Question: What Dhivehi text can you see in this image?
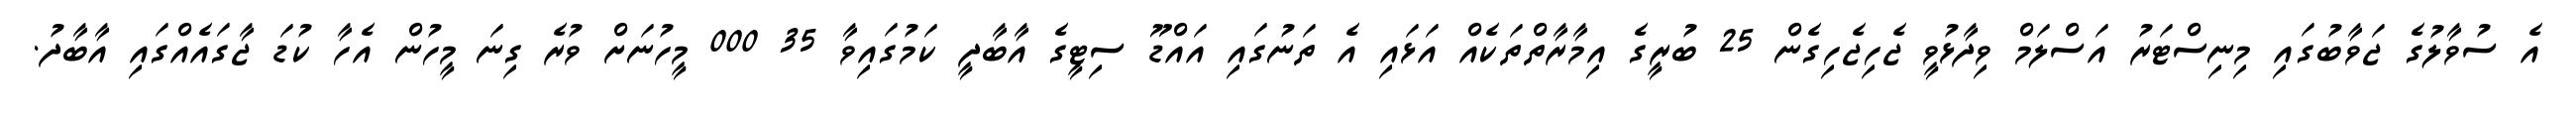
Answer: އެ ސުވާލުގެ ޖަވާބުގައި މިނިސްޓަރު އަސްލަމް ވިދާޅުވީ ޖެހިޖެހިގެން 25 ބުރީގެ އިމާރާތްތަކެއް އަޅައި އެ ތަނުގައި އައްޑޫ ސިޓީގެ އާބާދީ ކަމުގައިވާ 35 000 މީހުނަށް ވުރެ ގިނަ މީހުން އެހާ ކުޑަ ޖާގައެއްގައި އާބާދު.